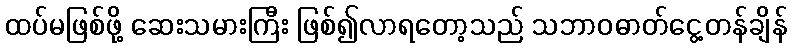
ထပ်မဖြစ်ဖို့ ဆေးသမားကြီး ဖြစ်၍လာရတော့သည် သဘာဝဓာတ်ငွေ့တန်ချိန်